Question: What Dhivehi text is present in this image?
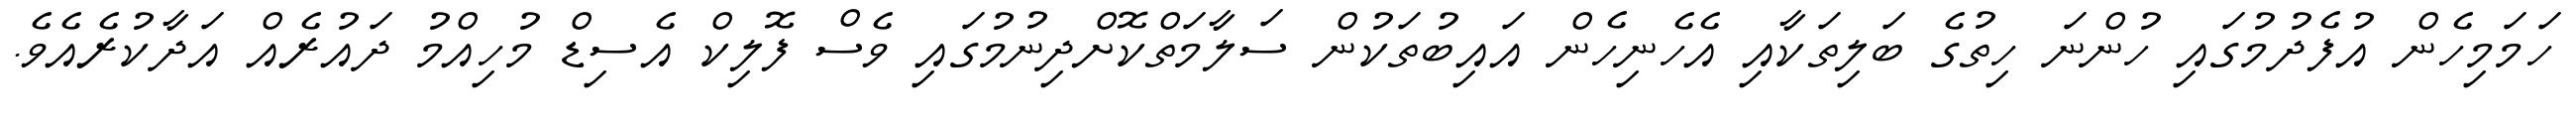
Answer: ހަމަމިހެން އުފެދުމުގައި ހުންނަ ހިތުގެ ބަލިތަކާއި އެހެނިހެން އައިބުތަކުން ސަލާމަތްކޮށްދިނުމުގައި ވެސް ފޮލިކް އެސިޑް މުހިއްމު ދައުރެއް އަދާކުރެއެވެ.